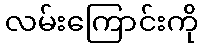
လမ်းကြောင်းကို